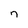
Character: n